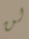
لن